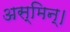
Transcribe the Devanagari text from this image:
अस्मिन्।